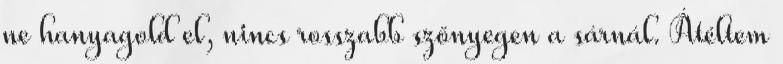
ne hanyagold el, nincs rosszabb szőnyegen a sárnál. Átéltem